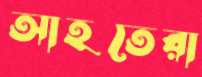
আহতেরা